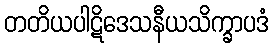
တတိယပါဋိဒေသနီယသိက္ခာပဒံ